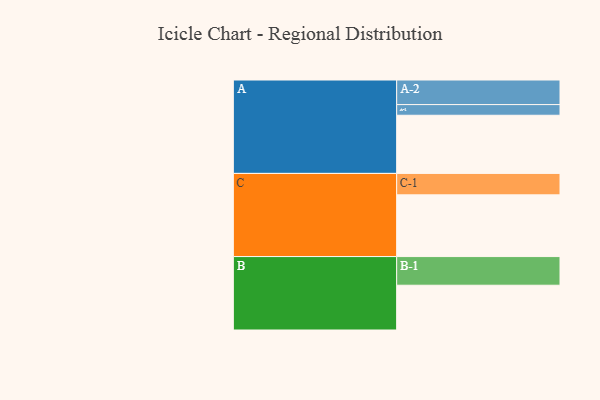
{"axis": {"x": "Segment", "y": "Value"}, "legend": ["", "A", "B", "C"], "data": [{"x": "A", "y": 556, "type": ""}, {"x": "B", "y": 428, "type": ""}, {"x": "C", "y": 590, "type": ""}, {"x": "A-1", "y": 102, "type": "A"}, {"x": "A-2", "y": 235, "type": "A"}, {"x": "B-1", "y": 274, "type": "B"}, {"x": "C-1", "y": 205, "type": "C"}]}